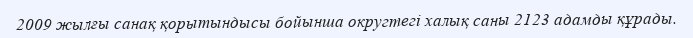
2009 жылғы санақ қорытындысы бойынша округтегі халық саны 2123 адамды құрады.